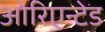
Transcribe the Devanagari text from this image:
ओरिएन्टेड